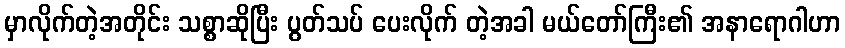
မှာလိုက်တဲ့အတိုင်း သစ္စာဆိုပြီး ပွတ်သပ် ပေးလိုက် တဲ့အခါ မယ်တော်ကြီး၏ အနာရောဂါဟာ